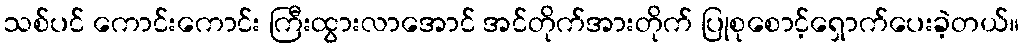
သစ်ပင် ကောင်းကောင်း ကြီးထွားလာအောင် အင်တိုက်အားတိုက် ပြုစုစောင့်ရှောက်ပေးခဲ့တယ်။